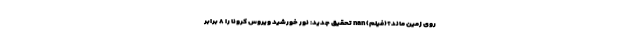
روی زمین ماند؟(فیلم) nan تحقیق جدید: نور خورشید ویروس کرونا را ۸ برابر